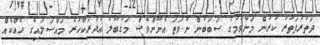
ދަތުރުފަތުރު ކުރުން މަނާވުމުގެ ސަބަބުން ނުވަތަ އެނޫންވެސް މަޤުބޫލު ޢުޛުރަކާހުރެ މައްސަލައިގެ ހެއްކެއް